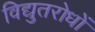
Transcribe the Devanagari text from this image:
विद्युतरोधों